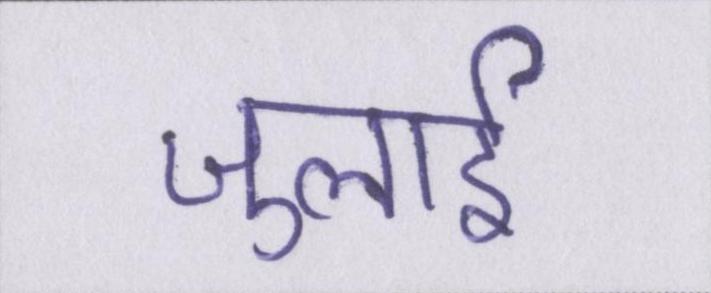
जुलाई